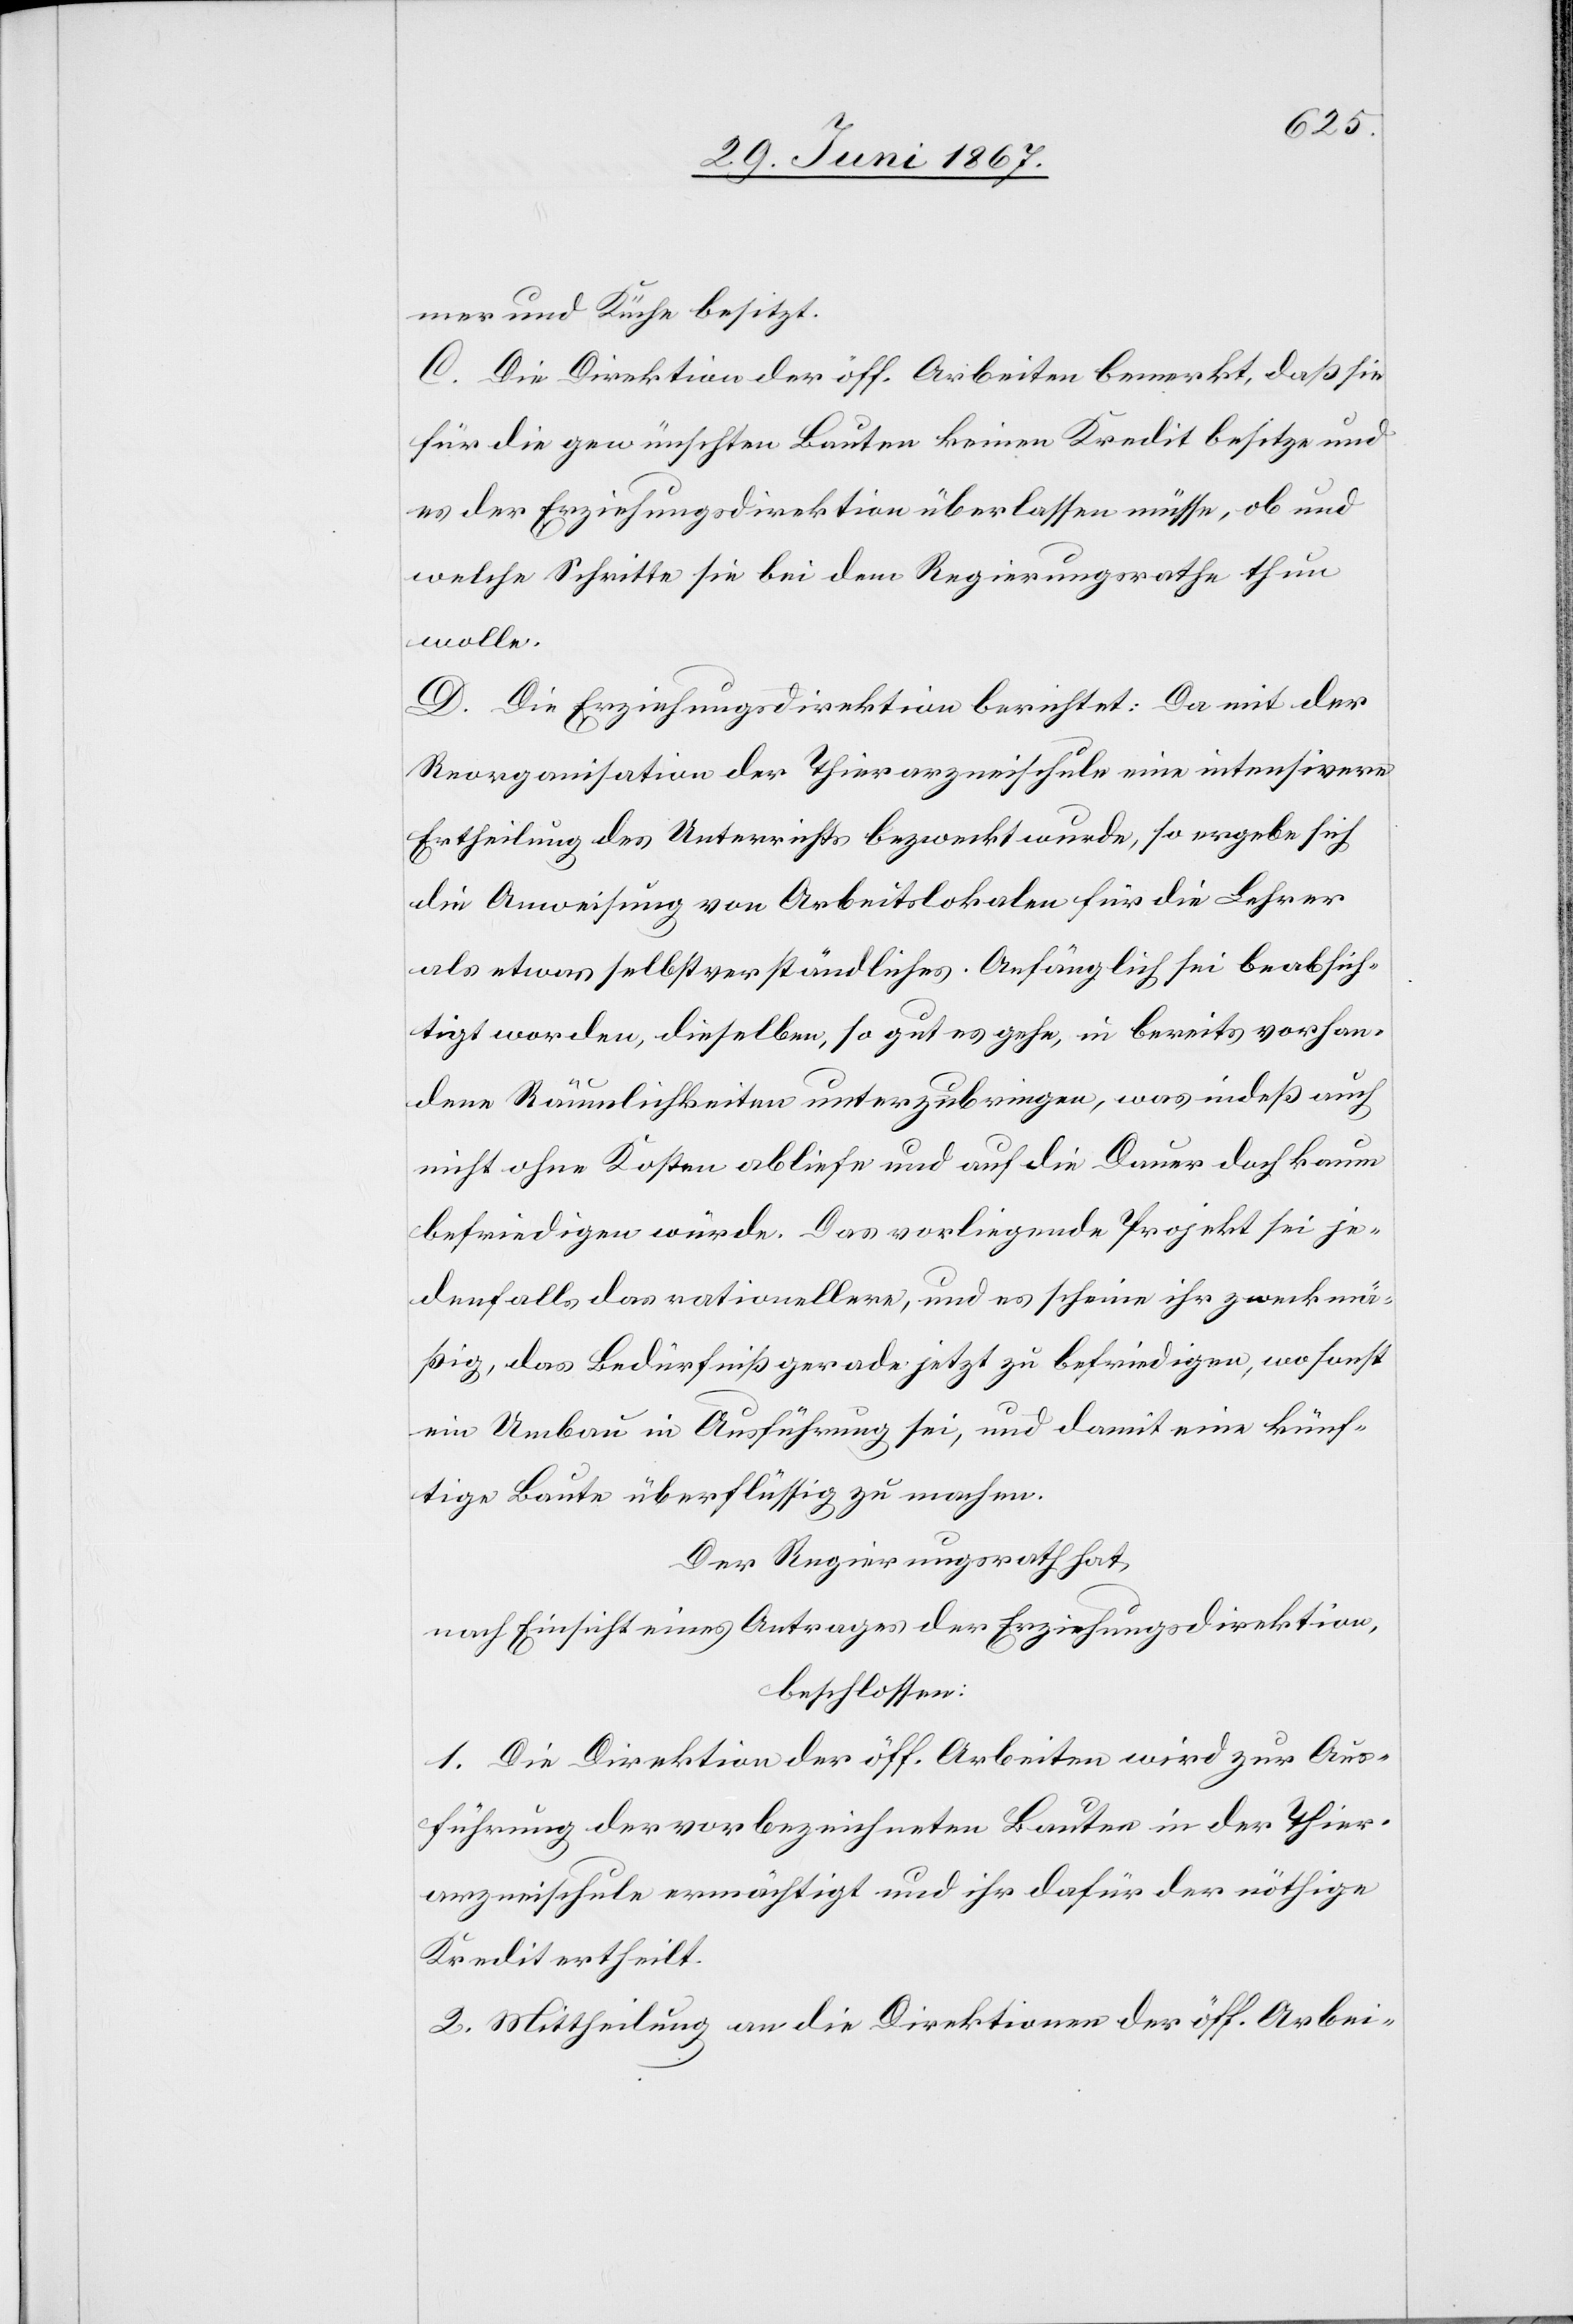
mer und Küche besitze.
C. Die Direktion der öff. Arbeiten bemerkt. daß sie
für die gewünschten Bauten keinen Kredit besitze und
es der Erziehungsdirektion überlassen müsse, ob und
welche Schritte sie bei dem Regierungsrathe thun
wolle.
D. Die Erziehungsdirektion berichtet: Da mit der
Reorganisation der Thierarzneischule eine intensivere
Ertheilung des Unterrichts bezweckt wurde, so ergebe sich
die Anweisung von Arbeitslokalen für die Lehrer
als etwas selbstverständliches. Anfänglich sei beabsich¬
tigt worden, dieselben so gut es gehe, in bereits vorhan¬
dene Räumlichkeiten unterzubringen, was indeß auch
nicht ohne Kosten abliefe und auf die Dauer doch kaum
befriedigen würde. Das vorliegende Projekt sei je¬
denfalls das rationellere, und es scheine ihr zweckmä¬
ßig, das Bedürfniß gerade jetzt zu befriedigen, wo sonst
ein Umbau in Ausführung sei, und damit eine künf¬
tige Baute überflüssig zu machen.
Der Regierungsrath hat,
Nach Einsicht eines Antrages der Erziehungsdirektion,
beschlossen:
1. Die Direktion der öff. Arbeiten wird zur Aus¬
führung der vorbezeichneten Bauten in der Thier¬
arzneischule ermächtigt und ihr dafür der nöthige
Kredit ertheilt.
2. Mittheilung an die Direktionen der öff. Arbei-